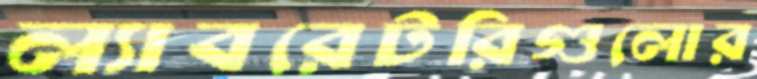
ল্যাবরেটরিগুলোর